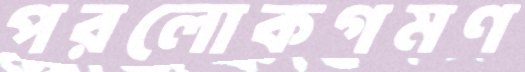
পরলোকগমণ